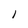
Character: l